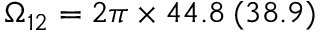
\Omega _ { 1 2 } = 2 \pi \times 4 4 . 8 \: ( 3 8 . 9 )